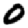
Digit: 0